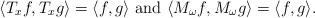
LaTeX: \begin{align*}\langle T_x f, T_x g \rangle = \langle f, g \rangle\textnormal{ and } \langle M_\omega f, M_\omega g \rangle = \langle f, g \rangle.\end{align*}